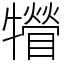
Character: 㹙